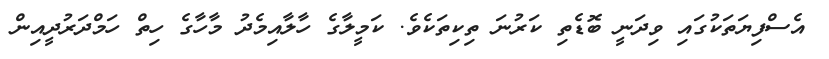
އެސްފިޔަތަކުގައި ވިދަނީ ބޮޑެތި ކަރުނަ ތިކިތަކެވެ. ކަމީލާގެ ހާލާއިމެދު މާހާގެ ހިތް ހަމްދަރުދީއިން